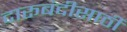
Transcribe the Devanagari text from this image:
दारूबंदीसाठी